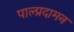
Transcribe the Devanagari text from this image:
पाल्प्रदामन